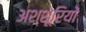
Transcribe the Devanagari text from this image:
अश्शूरियों